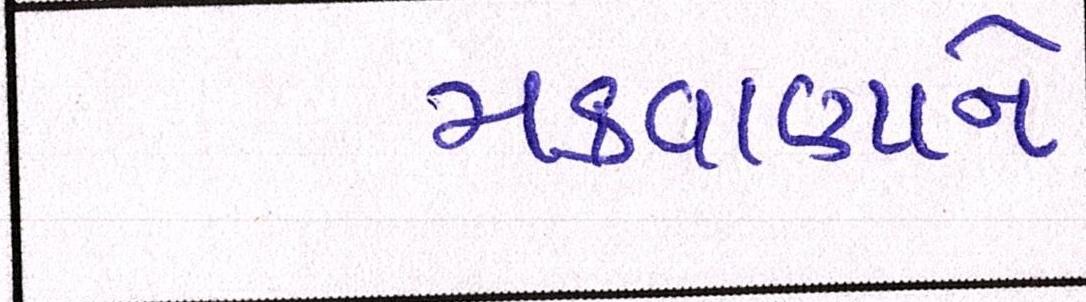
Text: મકવાણાને